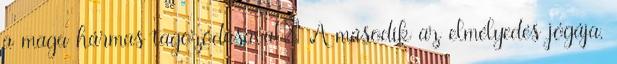
a maga hármas tagozódásával: A második az elmélyedés jógája,